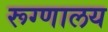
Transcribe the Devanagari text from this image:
रूग्‍णालय